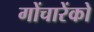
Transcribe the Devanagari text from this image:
गोंचारेंको